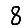
Digit: 8